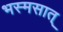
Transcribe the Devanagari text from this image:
भस्मसात्‌